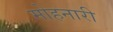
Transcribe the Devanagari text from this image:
मोहनारी